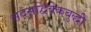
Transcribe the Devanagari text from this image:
सदसद्विवेकबुद्धी